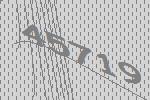
45719